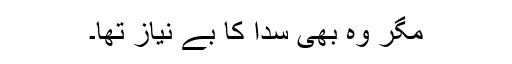
مگر وہ بھی سدا کا بے نیاز تھا۔